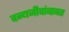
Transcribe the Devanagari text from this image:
वन्यजीवांबाबत